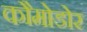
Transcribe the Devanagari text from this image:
कौमोडोर